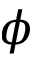
\phi